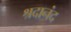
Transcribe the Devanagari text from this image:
श्रदानंद